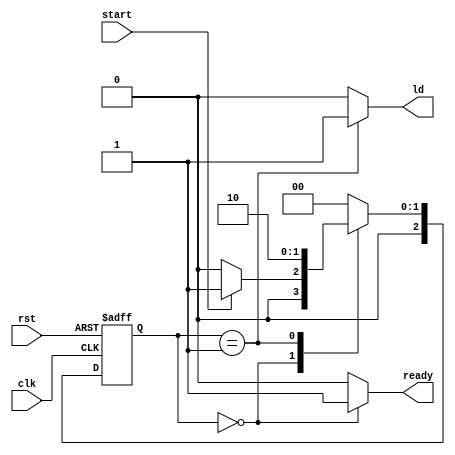
module controller(input clk,rst,start,output reg ready,ld);
    reg [2:0] ns, ps;
    parameter [2:0]
        START = 0,
        READ = 1,
        DONE = 2;

    always @(posedge clk, posedge rst) begin
        if (rst) ps <= START;
        else ps <= ns;
    end

    always @ (ps, start) begin
        case (ps)
            START     : ns = start ? READ : START;
            READ     : ns = DONE;
            DONE      :ns =  START ;
            default: ns = START;
        endcase
    end

    always @ (ps) begin
        {ld,ready} = 1'b0;
        case (ps)
            START: begin
                ready = 1'b1;
            end
            READ: begin
                ld = 1'b1;
            end

        endcase
    end
endmodule